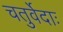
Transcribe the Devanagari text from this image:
चतुर्वेदाः